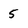
Character: 5